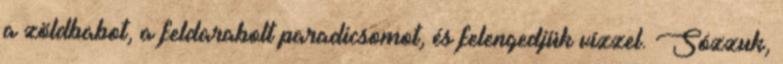
a zöldbabot, a feldarabolt paradicsomot, és felengedjük vízzel. Sózzuk,